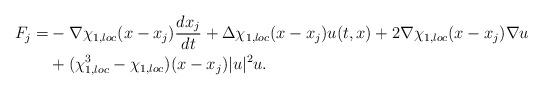
LaTeX: \begin{align*} \begin{aligned}F_{j}=&-\nabla \chi_{1,loc}(x-x_{j})\frac{dx_{j}}{dt}+\Delta \chi_{1,loc}(x-x_{j}) u(t,x)+2\nabla \chi_{1,loc}(x-x_{j})\nabla u\\&+(\chi^{3}_{1,loc}-\chi_{1,loc})(x-x_{j})|u|^{2}u .\end{aligned}\end{align*}